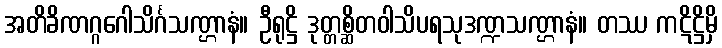
အတိခိဏဂ္ဂဂေါသိင်္ဂသဏ္ဌာနံ။ ဦရုဋ္ဌိ ဒုတ္တစ္ဆိတဝါသိပရသုဒဏ္ဍသဏ္ဌာနံ။ တဿ ကဋိဋ္ဌိမှိ